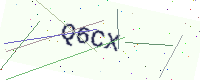
Text: Q6CX